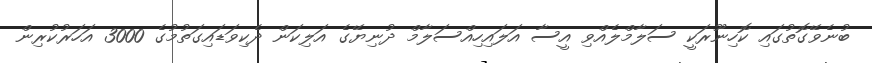
ބުނެވޭގޮތުގައި ކޮހިނޫރަކީ ސަލާމްލެއްވި އީސާ އަލައިހިއްސަލާމް ދުނިޔޭގެ އަލިކަން ދެކިވަޑައިގަތުމުގެ 3000 އަހަރުކުރިން